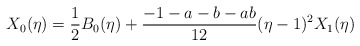
\begin{align*}X_0(\eta)=\frac12B_0(\eta)+\frac{-1-a-b-ab}{12}(\eta-1)^2X_1(\eta)\end{align*}